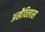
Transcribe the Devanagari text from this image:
अखैविलास